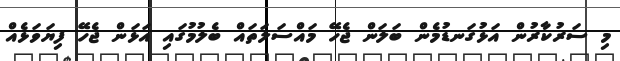
މި ސަރުކާރުން އަޅުގަނޑުމެން ބަލަން ޖެހޭ މައްސަލަތައް ބެލުމުގައި އަޅަން ޖެހޭ ފިޔަވަޅެއް